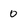
Character: 0